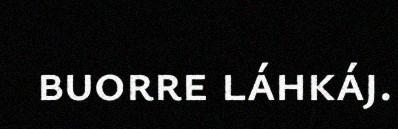
buorre láhkáj.